Sanitation, dispensaries and jails vaccination Rajputana 1922-1927 - 1922-1927
Year: 1922
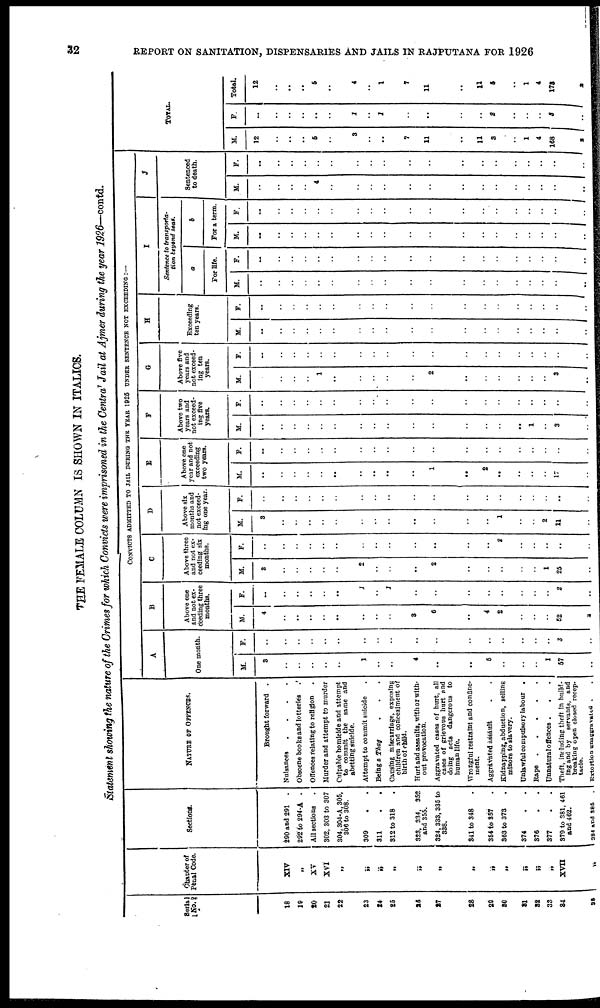
32
REPORT ON SANITATION, DISPENSARIES AND JAILS IN RAJPUTANA FOR 1926
THE FEMALE COLUMN IS SHOWN IN ITALICS.
Statement showing the nature of the Crimes for which Convicts were imprisoned in the Central Jail at Ajmer during the year 1926-contd.
Serial
No.
18
19
20
21
22
23
24
25
26
27
28
29
30
31
32
33
34
35
Chapter of
Penal Code.
XIV
„
XV
XVI
„
„
„
„
„
„
„
„
„
„
„
„
XVII
„
Sections.
290 and 291 .
292 to 294-A .
All sections .
302, 303 to 307
304,304-A, 305,
306 to 308.
309 . .
311 . .
312 to 318 .
323, 334, 352
and 355.
324, 333, 335 to
338.
341 to 348 .
354 to 357 .
363 to 373 .
374 . .
376 . .
377 . .
370 to 381, 461
and 462.
384 and 385
.
NATURE OF OFFENCE.
Brought forward .
Nuisances
.
.
.
.
Obscene books and lotteries .
Offences relating to religion .
Murder and attempt to murder
Culpable homicide and attempt
to commit the same and
abetting suicide.
Attempt to commit suicide .
Being a Thag . . .
Causing miscarriage, exposing
children and concealment of
birth of child.
Hurt and assaults, with or with-
out provocation.
Aggravated cases of hurt, all
cases of grievous hurt and
doing acts dangerous to
human life.
Wrongful restraint and confine-
ment.
Aggravated assault . .
Kidnapping, abduction, selling
minors to slavery.
Unlawful compulsory labour .
Rape
.
.
.
.
.
Unnatural offences . . .
Theft, Including theft In build-
ing and by servants, and
breaking open closed recep-
tacle.
Extortion unangravated . .
CONVICTS ADMITTED TO JAIL DURING THE YEAR 1925 UNDER SENTENCE NOT EXCEEDING :—
A
One month.
M.
3
..
..
..
..
..
1
..
..
4
..
..
5
..
..
..
1
57
..
F.
..
..
..
..
..
..
..
..
..
..
..
..
..
..
..
..
..
3
..
B
Above one
and not ex-
ceeding three
months.
M.
4
..
..
..
..
..
..
..
..
3
6
..
4
2
..
..
..
52
2
F.
..
..
..
..
..
..
1
..
1
..
..
..
..
..
..
..
..
2
..
C
Above three
and not ex-
ceeding six
months.
M.
3
..
..
..
..
..
2
..
..
..
2
..
..
..
..
..
1
25
..
F.
..
..
..
..
..
..
..
..
..
..
..
..
..
2
..
..
..
..
..
D
Above six
months and
not exceed-
ing one year.
M.
3
..
..
..
..
..
..
..
..
..
..
..
..
1
..
..
2
11
..
F.
..
..
..
..
..
..
..
..
..
..
..
..
..
..
..
..
..
..
..
E
Above one
year and not
exceeding
two years.
M.
..
..
..
..
..
..
..
..
..
..
1
..
2
..
..
..
..
17
..
F.
..
..
..
..
..
..
..
..
..
..
..
..
..
..
..
..
..
..
..
F
Above two
years and
not exceed-
ing five
years.
M.
..
..
..
..
..
..
..
..
..
..
..
..
..
..
..
1
..
3
..
F.
..
..
..
..
..
..
..
..
..
..
..
..
..
..
..
..
..
..
..
G
Above five
years and
not exceed-
ing ten
years.
M.
..
..
..
..
1
..
..
..
..
..
2
..
..
..
..
..
..
3
..
F.
..
..
..
..
..
..
..
..
..
..
..
..
..
..
..
..
..
..
..
H
Exceeding
ten years.
M.
..
..
..
..
..
..
..
..
..
..
..
..
..
..
..
..
..
..
..
F.
..
..
..
..
..
..
..
..
..
..
..
..
..
..
..
..
..
..
..
I
Sentence to transporta-
tion beyond seas.
a
For life.
M.
..
..
..
..
..
..
..
..
..
..
..
..
..
..
..
..
..
..
..
F.
..
..
..
..
..
..
..
..
..
..
..
..
..
..
..
..
..
..
..
b
For a term.
M.
..
..
..
..
..
..
..
..
..
..
..
..
..
..
..
..
..
..
..
F.
..
..
..
..
..
..
..
..
..
..
..
..
..
..
..
..
..
..
..
J
Sentenced
to death.
M.
..
..
..
..
4
..
..
..
..
..
..
..
..
..
..
..
..
..
..
F.
..
..
..
..
..
..
..
..
..
..
..
..
..
..
..
..
..
..
..
TOTAL.
M.
12
..
..
..
6
..
3
..
..
7
11
..
11
3
..
1
4
168
2
F.
..
..
..
..
..
..
1
..
1
..
..
..
..
2
..
..
..
3
..
Total.
12
..
..
..
6
..
4
..
1
7
11
..
11
5
..
1
4
173
2